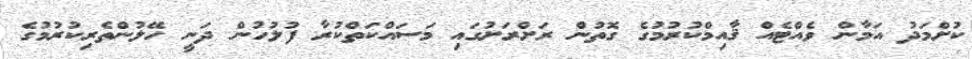
ކުށްމަދު އަމާން ވެއްޓެއް ޤާއިމްކުރުމުގެ ގޮތުން ރަށްރަށުގައި މަސައްކަތްކުރާ ފުލުހުން ދަނީ ހޭލުންތެރިކުރުމުގެ